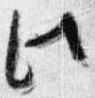
此